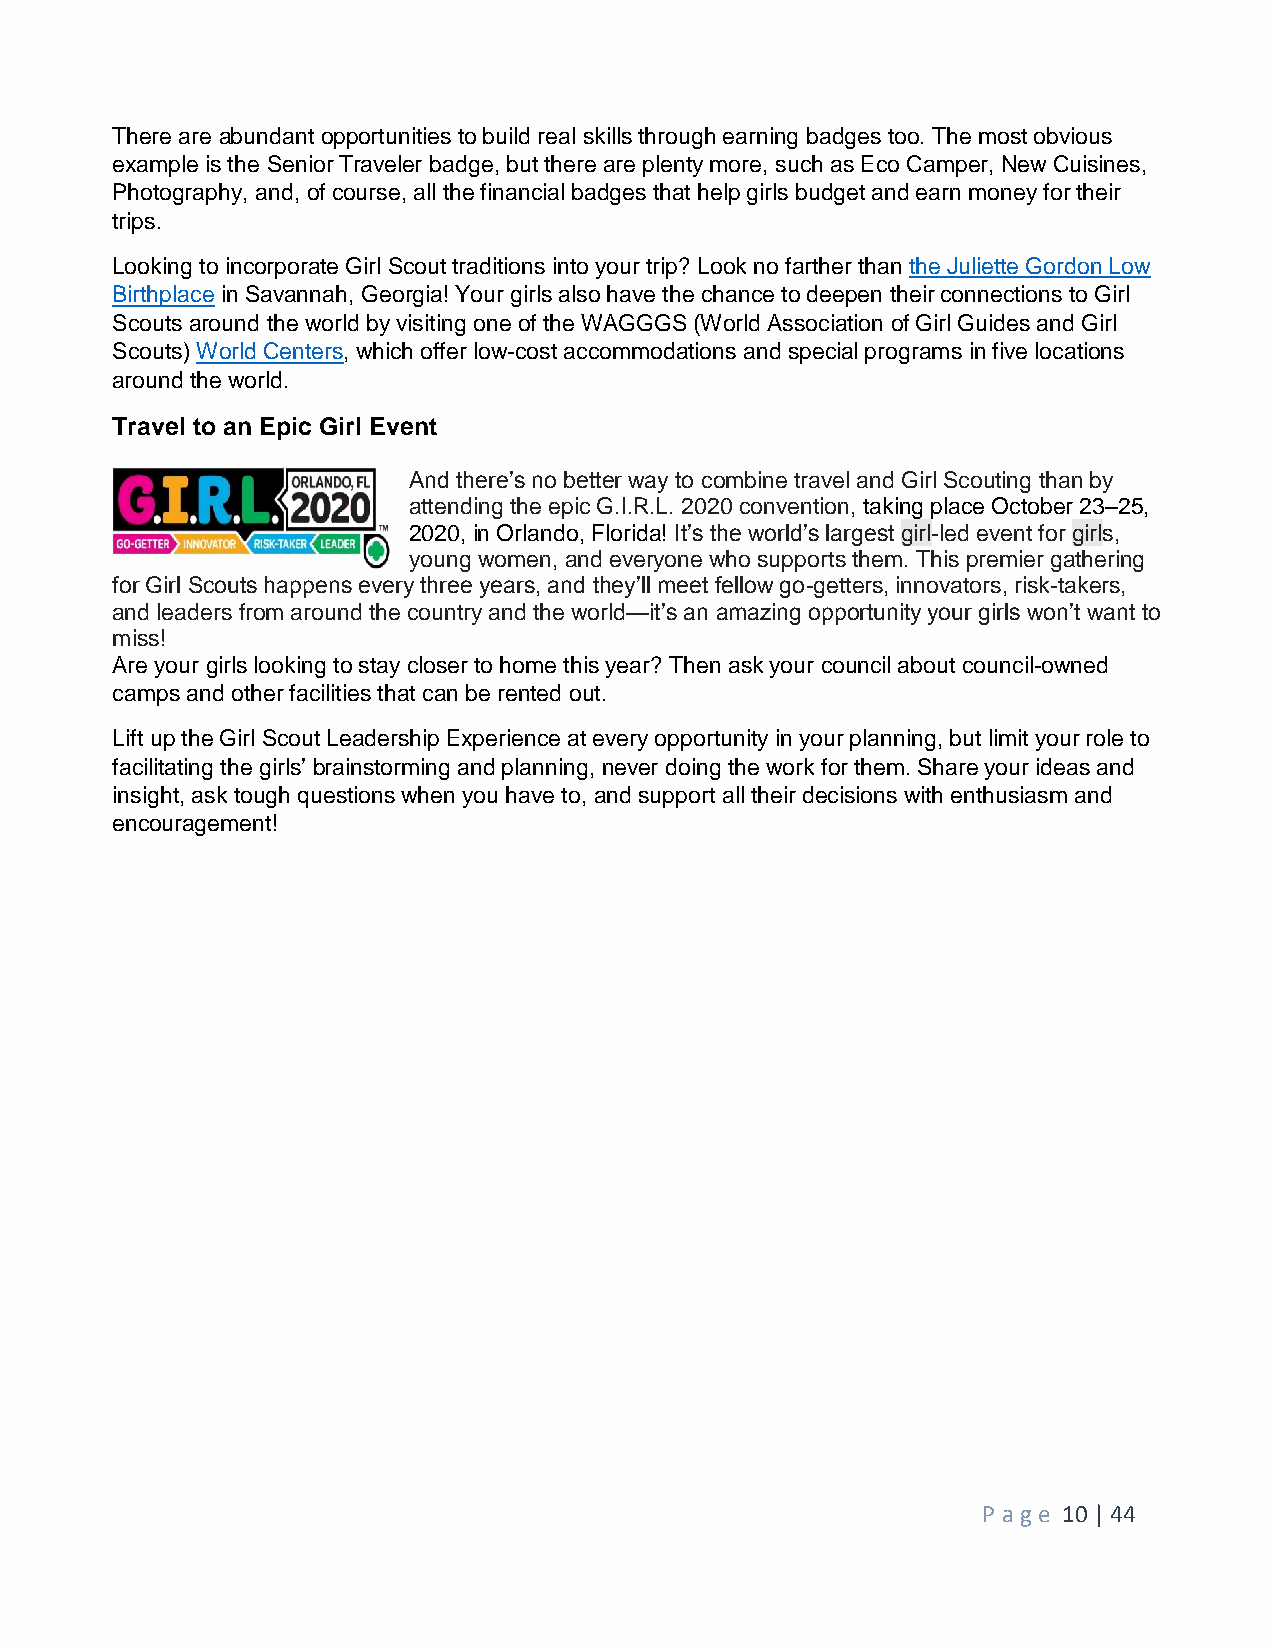
There are abundant opportunities to build real skills through earning badges too. The most obvious
 example is the Senior Traveler badge, but there are plenty more, such as Eco Camper, New Cuisines,
 Photography, and, of course, all the financial badges that help girls budget and earn money for their
 trips.
 Looking to incorporate Girl Scout traditions into your trip? Look no farther than the Juliette Gordon Low
 Birthplace in Savannah, Georgia! Your girls also have the chance to deepen their connections to Girl
 Scouts around the world by visiting one of the WAGGGS (World Association of Girl Guides and Girl
 Scouts) World Centers, which offer low-cost accommodations and special programs in five locations
 around the world.
 Travel to an Epic Girl Event
 And there’s no better way to combine travel and Girl Scouting than by
 attending the epic G.I.R.L. 2020 convention, taking place October 23–25,
 2020, in Orlando, Florida! It’s the world’s largest girl-led event for girls,
 young women, and everyone who supports them. This premier gathering
 for Girl Scouts happens every three years, and they’ll meet fellow go-getters, innovators, risk-takers,
 and leaders from around the country and the world—it’s an amazing opportunity your girls won’t want to
 miss!
 Are your girls looking to stay closer to home this year? Then ask your council about council-owned
 camps and other facilities that can be rented out.
 Lift up the Girl Scout Leadership Experience at every opportunity in your planning, but limit your role to
 facilitating the girls’ brainstorming and planning, never doing the work for them. Share your ideas and
 insight, ask tough questions when you have to, and support all their decisions with enthusiasm and
 encouragement!
 P age 10 | 44